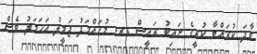
ވާދަ ކުރައްވާ ކުރީގެ ނައިބު ރައީސް ޑރ. މުހައްމަދު ޖަމީލު އަހަމަދު ވެސް